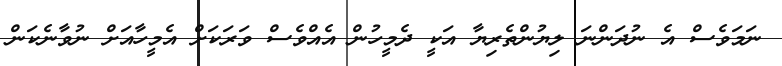
ނަމަވެސް އެ ނުދަންނަ ލިޔުންތެރިޔާ އަކީ ދެމީހުން އެއްވެސް ވަރަކަށް އެމީހާއަށް ނުވާނެކަން